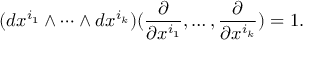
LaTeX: ( d x ^ { i _ { 1 } } \wedge \cdots \wedge d x ^ { i _ { k } } ) ( { \frac { \partial } { \partial x ^ { i _ { 1 } } } } , \ldots , { \frac { \partial } { \partial x ^ { i _ { k } } } } ) = 1 .